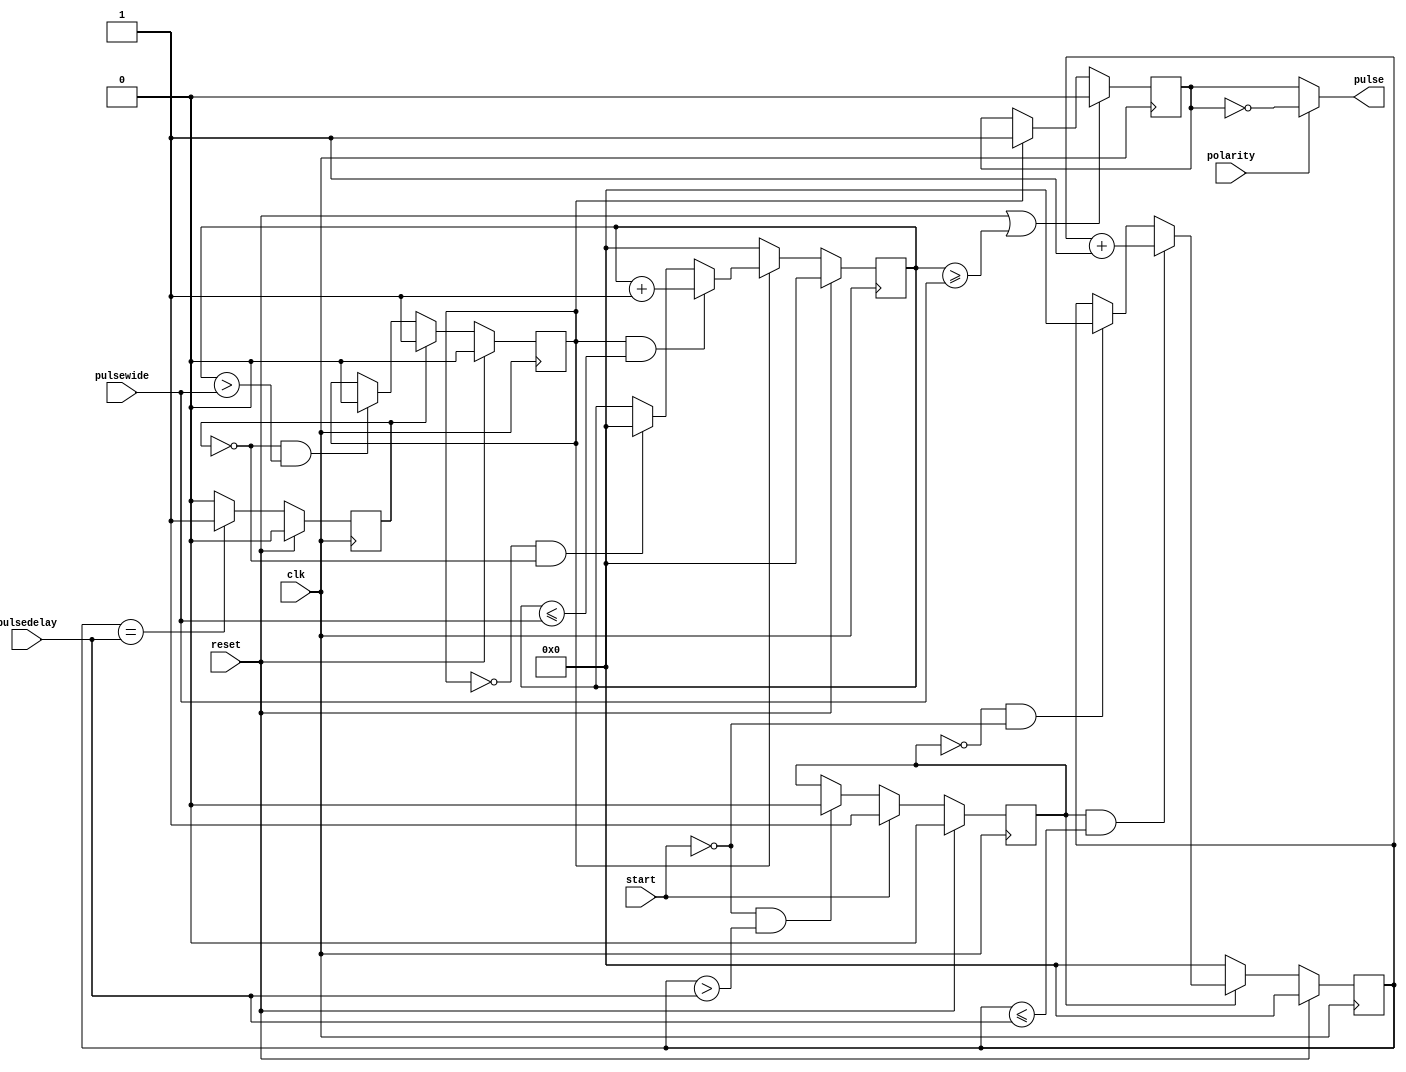
module programable_pulse (
        input clk,
        input reset,
        input polarity,
        input start,
        input [31:0] pulsedelay,
        input [31:0] pulsewide,
        output pulse
    );

    //*************************** Register Declarations ***************************
    reg pulse, w_pulse;
    reg pulsedelay_count_en;
    reg pulsewide_start;
    reg pulsewide_count_en;
    reg [31:0] pulsedelay_count;
    reg [31:0] pulsewide_count;

    //***************************** Main Body of Code *****************************
    always @ ( posedge clk )
    begin
        if ( reset == 'b1 )
            pulsedelay_count_en <= 'b0;
        else
        begin
            if ( start == 'b1 )
                pulsedelay_count_en <= 'b1;
            else if ( start == 'b0 && pulsedelay_count > pulsedelay )
                pulsedelay_count_en <= 'b0;
        end
    end

    always @ ( posedge clk )
    begin
        if ( reset == 'b1 )
            pulsedelay_count <= 'h00000000;
        else
        begin
            if ( pulsedelay_count_en == 'b0 )
                pulsedelay_count <= 'h00000000;
            else if ( pulsedelay_count_en == 'b1 && pulsedelay_count <= pulsedelay )
                pulsedelay_count <= pulsedelay_count + 1;
            else if ( pulsedelay_count_en == 'b0 && start == 'b0 )
                pulsedelay_count <= 'h00000000;
        end
    end

    always @ ( posedge clk )
    begin
        if ( reset == 'b1 )
            pulsewide_start <= 'b0;
        else if ( pulsedelay_count == pulsedelay )
            pulsewide_start <= 'b1;
        else
            pulsewide_start <= 'b0;
    end



    always @ ( posedge clk )
    begin
        if ( reset == 'b1 )
            pulsewide_count_en <= 'b0;
        else
        begin
            if ( pulsewide_start == 'b1 )
                pulsewide_count_en <= 'b1;
            else if ( pulsewide_start == 'b0 && pulsewide_count > pulsewide )
                pulsewide_count_en <= 'b0;
        end
    end

    always @ ( posedge clk )
    begin
        if ( reset == 'b1 )
            pulsewide_count <= 'h00000000;
        else
        begin
            if ( pulsewide_count_en == 'b0 )
                pulsewide_count <= 'h00000000;
            else if ( pulsewide_count_en == 'b1 && pulsewide_count <= pulsewide )
                pulsewide_count <= pulsewide_count + 1;
            else if ( pulsewide_count_en == 'b0 && pulsewide_start == 'b0 )
                pulsewide_count <= 'h00000000;
        end
    end

    always @ ( posedge clk )
    begin
        if ( reset == 'b1 || pulsewide_count >= pulsewide )
            w_pulse <= 'b0;
        else if ( pulsewide_count_en == 'b1 )
            w_pulse <= 'b1;
    end

    always @ *
    begin
        if (polarity == 1'b1)
            pulse = !w_pulse;
        else
            pulse = w_pulse;
    end


endmodule